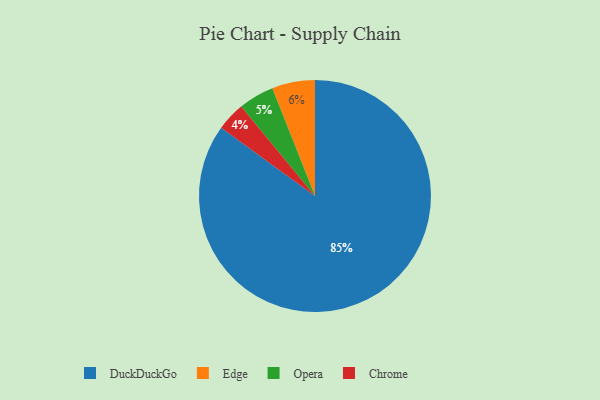
{"axis": {"x": "Category", "y": "Percentage"}, "legend": ["Chrome", "DuckDuckGo", "Edge", "Opera"], "data": [{"x": "DuckDuckGo", "y": 85, "type": "DuckDuckGo"}, {"x": "Edge", "y": 6, "type": "Edge"}, {"x": "Opera", "y": 5, "type": "Opera"}, {"x": "Chrome", "y": 4, "type": "Chrome"}]}